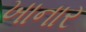
ખાનાર